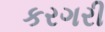
કરગરી